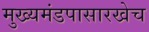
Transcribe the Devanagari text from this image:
मुख्यमंडपासारखेच